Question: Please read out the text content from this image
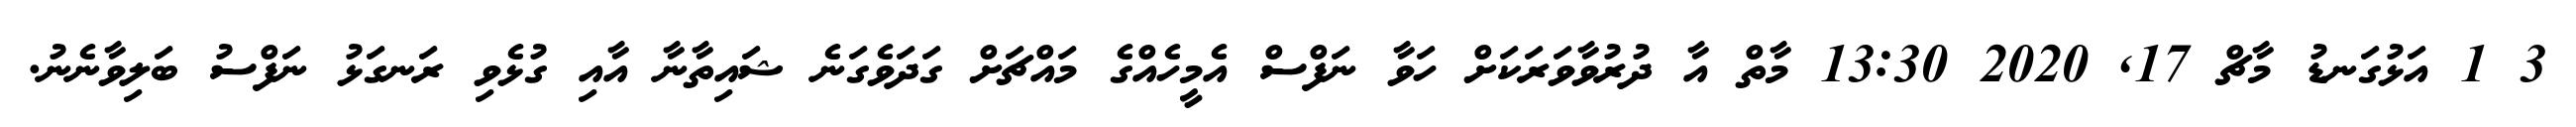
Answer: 3 1 އަޅުގަނޑު މާޗް 17, 2020 13:30 މާތް އާ ދުރުވާވަރަކަށް ހަވާ ނަފްސް އެމީހެއްގެ މައްޗަށް ގަދަވެގަނެ ޝައިތާނާ އާއި ގުޅެވި ރަނގަޅު ނަފްސު ބަލިވާނެނު.